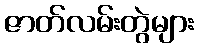
ဇာတ်လမ်းတွဲများ